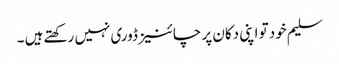
سلیم خود تو اپنی دکان پر چائنیز ڈوری نہیں رکھتے ہیں ۔